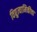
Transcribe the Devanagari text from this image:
विद्युत्यामिकीचा